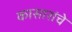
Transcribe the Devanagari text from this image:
कासारांचे